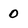
Character: 0